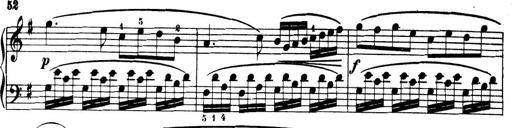
Title: 32 Sonatinas and Rondos for the Piano
Composer: Richard Kleinmichel